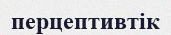
перцептивтік